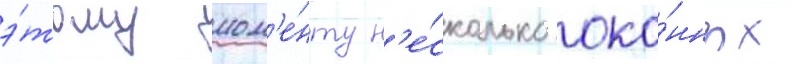
э́тому мом'е́нту н'е́сколько око́нных